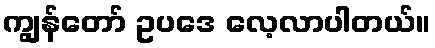
ကျွန်တော် ဥပဒေ လေ့လာပါတယ်။